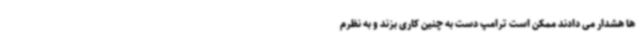
ها هشدار می دادند ممکن است ترامپ دست به چنین کاری بزند و به نظرم